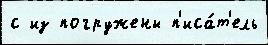
с из погружены п'иса́т'ель